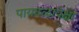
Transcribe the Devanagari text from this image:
पायदळापेक्षा